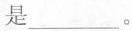
是___。